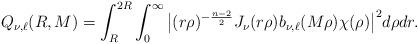
LaTeX: \begin{align*}Q_{\nu,\ell}(R,M)=\int_{R}^{2R}\int_{0}^\infty\big|(r\rho)^{-\frac{n-2}2}J_{\nu}(r\rho)b_{\nu,\ell}(M\rho)\chi(\rho)\big|^2 d\rho dr.\end{align*}